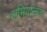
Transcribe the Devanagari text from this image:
अभियान्त्रक